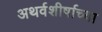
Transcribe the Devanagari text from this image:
अथर्वशीर्षाच्या